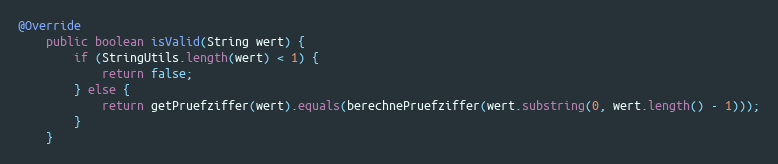
Language: Java
@Override
    public boolean isValid(String wert) {
        if (StringUtils.length(wert) < 1) {
            return false;
        } else {
            return getPruefziffer(wert).equals(berechnePruefziffer(wert.substring(0, wert.length() - 1)));
        }
    }